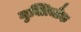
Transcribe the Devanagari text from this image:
मुक्तिचौक